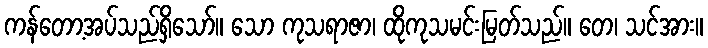
ကန်တော့အပ်သည်ရှိသော်။ သော ကုသရာဇာ၊ ထိုကုသမင်းမြတ်သည်။ တေ၊ သင်အား။